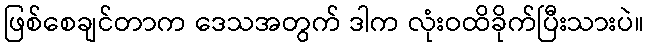
ဖြစ်စေချင်တာက ဒေသအတွက် ဒါက လုံးဝထိခိုက်ပြီးသားပဲ။